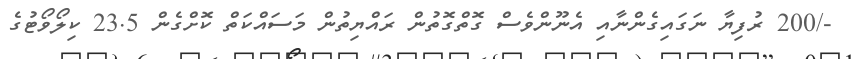
-/200 ރުފިޔާ ނަގައިގެންނާއި އެނޫންވެސް ގޮތްގޮތުން ރައްޔިތުން މަސައްކަތް ކޮށްގެން 23.5 ކިލޯވޯޓުގެ